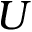
U